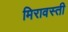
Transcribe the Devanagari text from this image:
मिरावस्ती